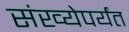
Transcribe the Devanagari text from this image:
संख्येपर्यंत